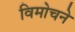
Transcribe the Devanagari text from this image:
विमोचने